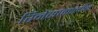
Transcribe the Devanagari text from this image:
रिनेसांकालीन